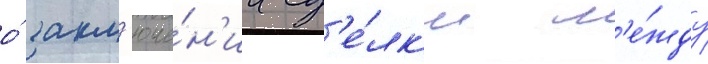
о́ закл'юче́н'ии сд'е́лк'и м'е́жду